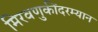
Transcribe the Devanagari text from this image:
मिरवणुकींदरम्यान